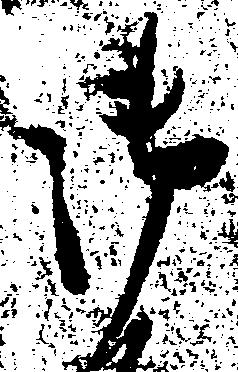
御